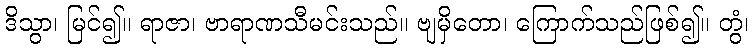
ဒိသွာ၊ မြင်၍။ ရာဇာ၊ ဗာရာဏသီမင်းသည်။ ဗျမှိတော၊ ကြောက်သည်ဖြစ်၍။ တွံ၊